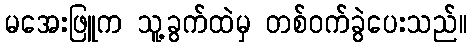
မအေးဖြူက သူ့ခွက်ထဲမှ တစ်ဝက်ခွဲပေးသည်။